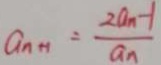
a _ { n + 1 } = \frac { 2 a _ { n } - 1 } { a _ { n } }